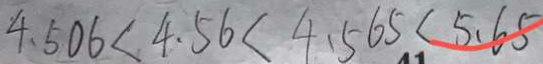
4 . 5 0 6 < 4 . 5 6 < 4 . 5 6 5 < 5 . 6 5